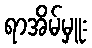
ရာအိမ်မှူး